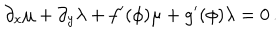
\partial _ { x } \mu + \partial _ { y } \lambda + f ^ { \prime } ( \phi ) \mu + g ^ { \prime } ( \phi ) \lambda = 0 \, .